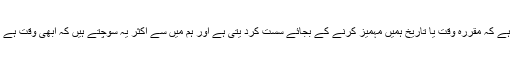
لیکن عام طور پر یہ ہوتا ہے کہ مقررہ وقت یا تاریخ ہمیں مہمیز کرنے کے بجائے سست کرد یتی ہے اور ہم میں سے اکثر یہ سوچتے ہیں کہ ابھی وقت ہے اور کر لیں گے آرام سے۔